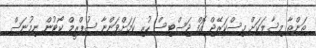
ތަންތާ މިސާލަކަށް މިސްކަރޭޖް އޮފް ޖަސްޓިސް ހުރި ކަމަށްވަންޏާ ސުޕްރީމް ކޯޓުން ނިމުނަސް